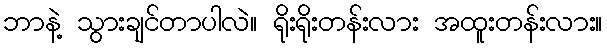
ဘာနဲ့ သွားချင်တာပါလဲ။ ရိုးရိုးတန်းလား အထူးတန်းလား။